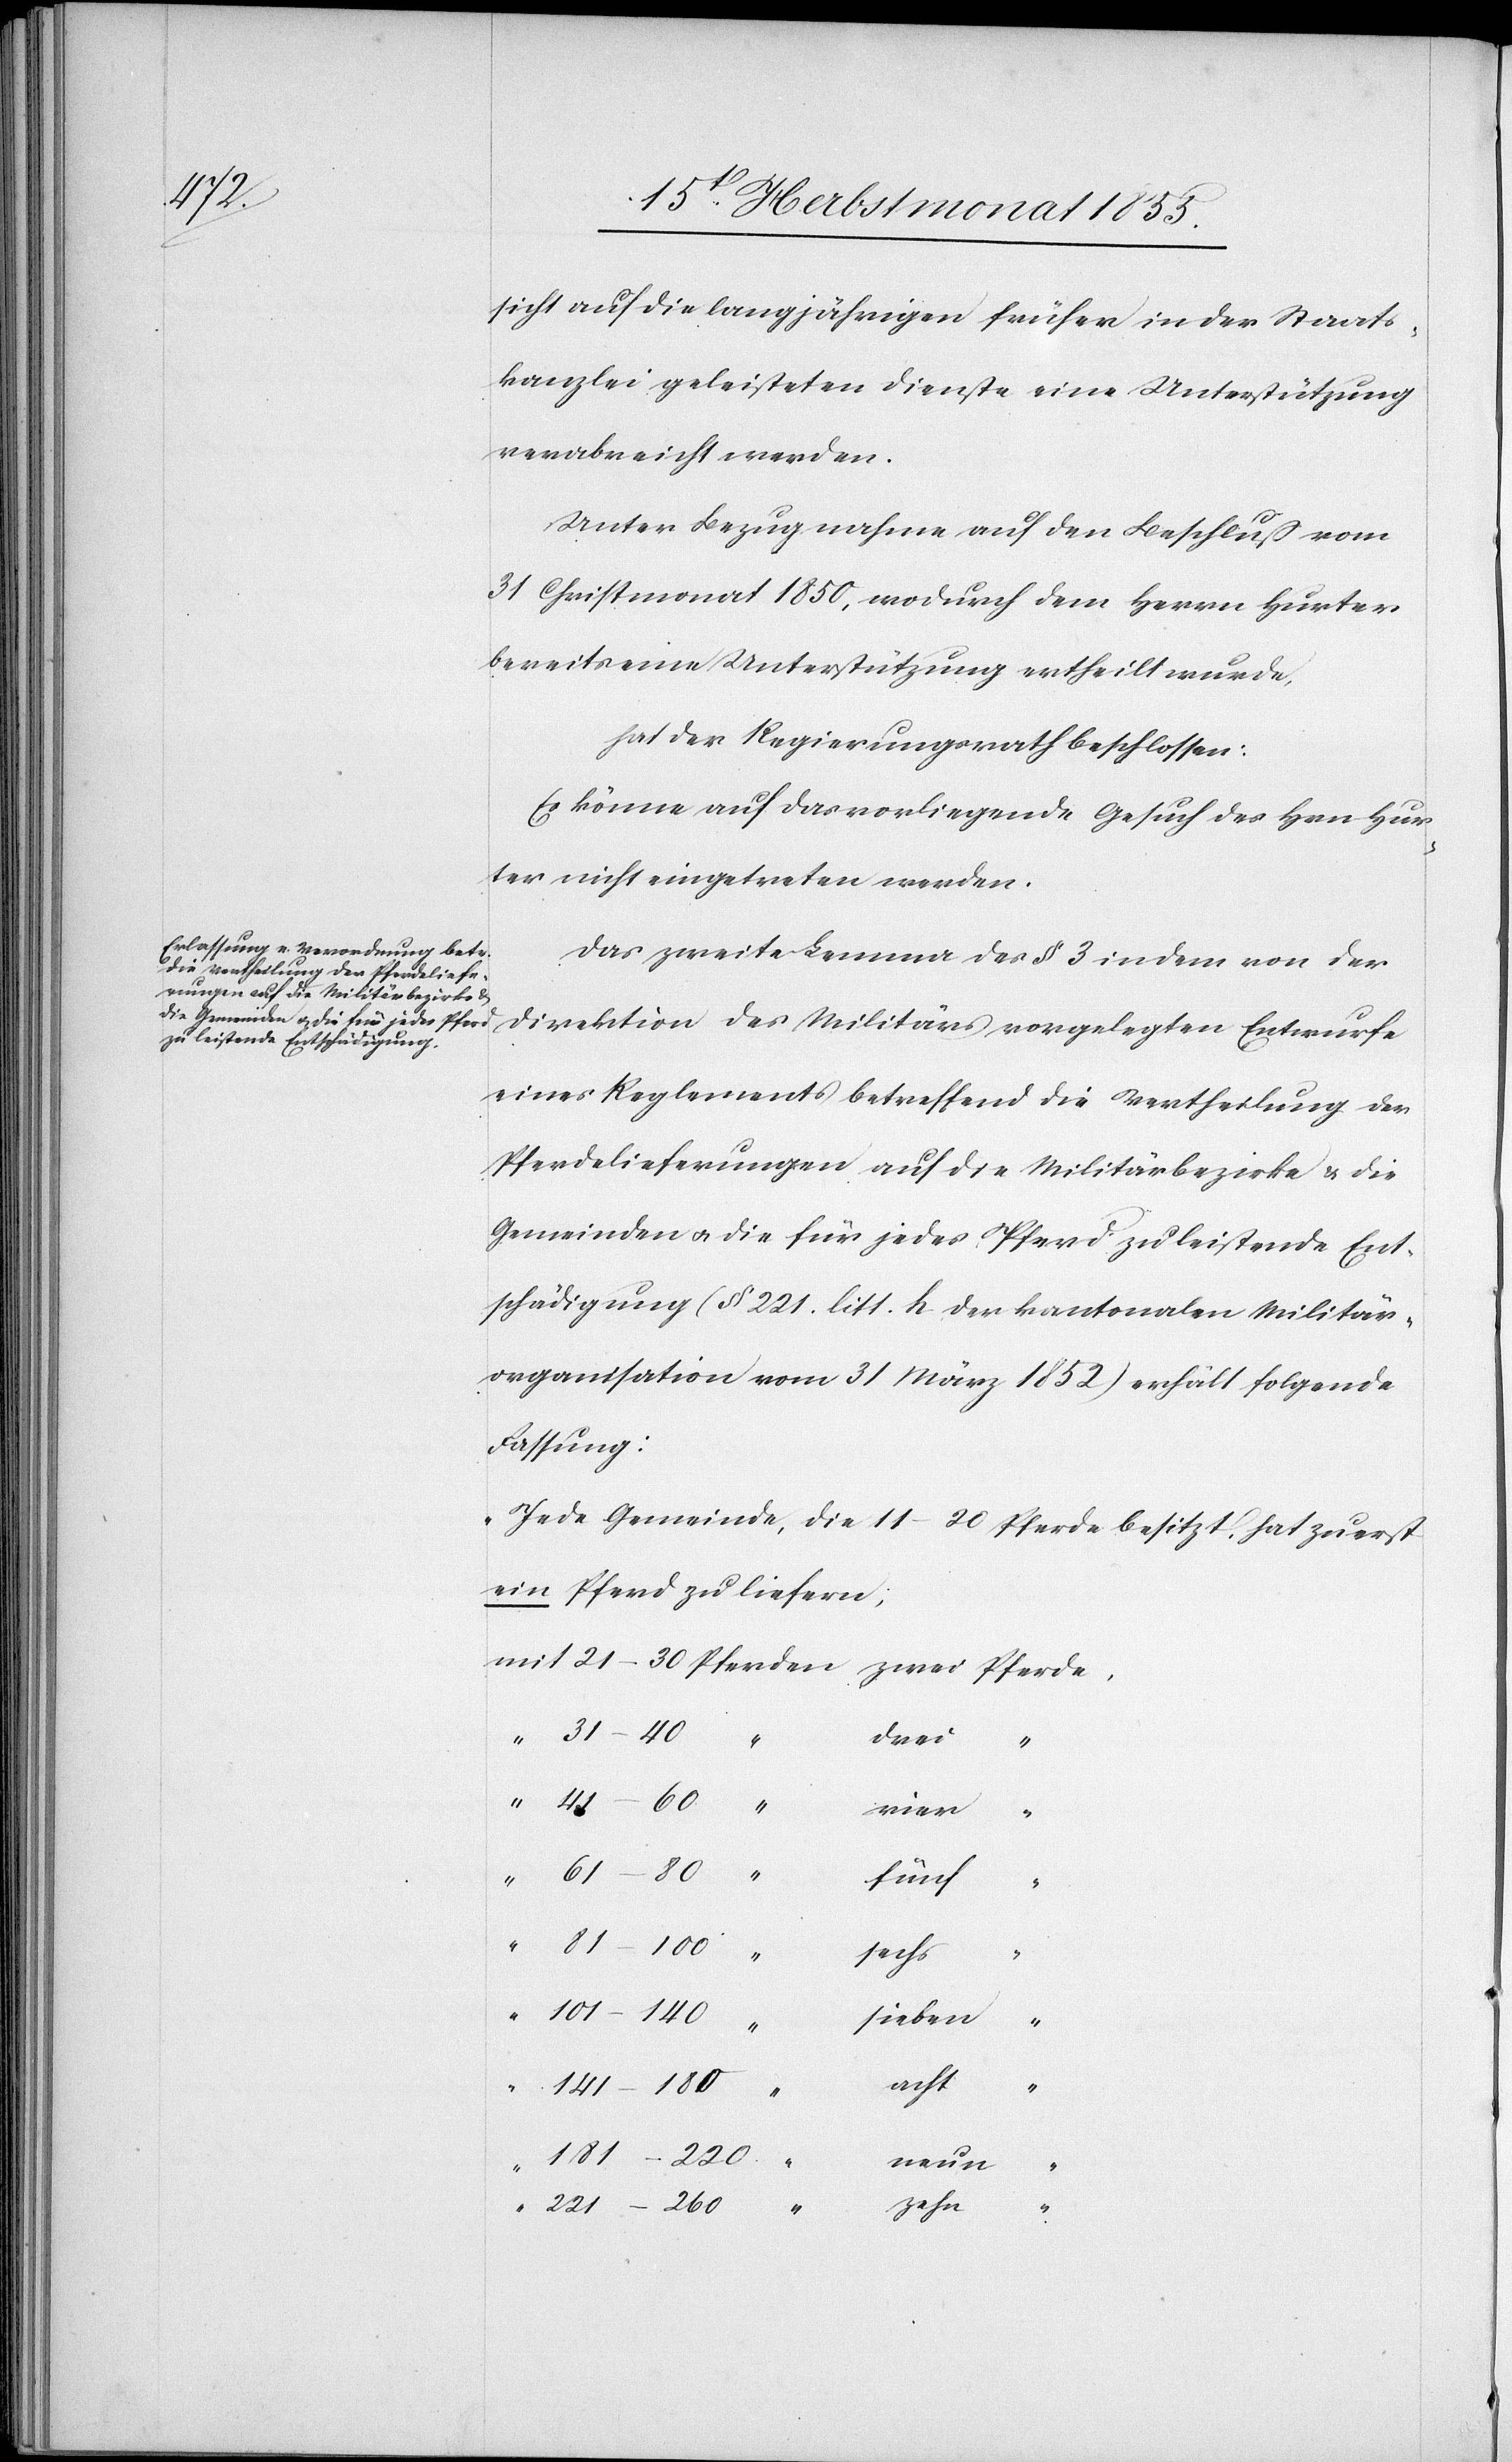
sicht auf die langjährigen früher in der Staats¬
kanzlei geleisteten Dienste eine Unterstützung
verabreicht werden.
Unter Bezugnahme auf den Beschluß vom
31 Christmonat 1850, wodurch dem Herrn Hurter
bereits eine Unterstützung ertheilt wurde,
hat der Regierungsrath beschlossen:
Es könne auf das vorliegende Gesuch des Hrn. Hur¬
ter nicht eingetreten werden.
Das zweite Lemma des § 3 in dem von der
eines Reglements betreffend die Vertheilung der
Pferdelieferungen auf die Militärbezirke & die
Gemeinden & die für jedes Pferd zu leistende Ent¬
schädigung (§ 221. litt. h der kantonalen Militär¬
organisation vom 31 März 1852) erhält folgende
Fassung:
„Jede Gemeinde, die 11–20 Pferde besitzt, hat zuerst
ein Pferd zu liefern;
vier
fünf
sechs
101–140
“
sieben
acht
141–180
“
181–220.
neun
221–260
“
zehn

“